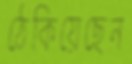
ঠেকিয়েছেন